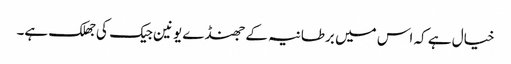
خیال ہے کہ اس میں برطانیہ کے جھنڈے یونین جیک کی جھلک ہے۔